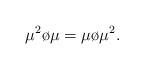
LaTeX: \begin{align*}\mu^{2}\o\mu=\mu\o\mu^{2}.\end{align*}